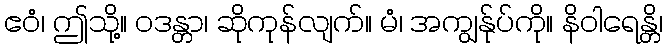
ဧဝံ၊ ဤသို့။ ဝဒန္တာ၊ ဆိုကုန်လျက်။ မံ၊ အကျွန်ုပ်ကို။ နိဝါရေန္တိ၊